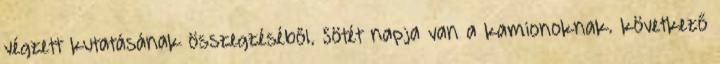
végzett kutatásának összegzéséből. Sötét napja van a kamionoknak. következő